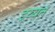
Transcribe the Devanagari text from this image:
इय्यत